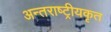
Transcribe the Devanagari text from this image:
अन्तराष्ट्रीयकृत